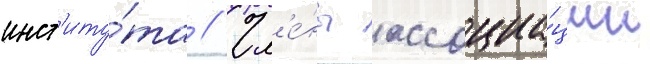
инст'иту́та // Чл'е́ны ассоциа́ции